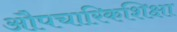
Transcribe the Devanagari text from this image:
औपचारिकशिक्षा